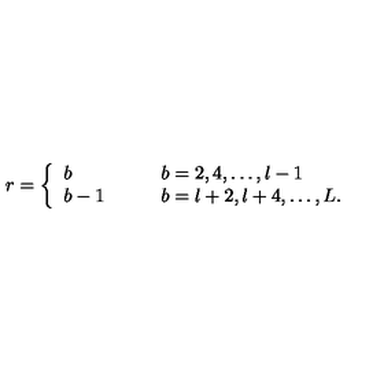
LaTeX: r = \left\{ \begin{array} { l l } { b } & { \qquad b = 2 , 4 , \ldots , l - 1 } \\ { b - 1 } & { \qquad b = l + 2 , l + 4 , \ldots , L . } \\ \end{array} \right.